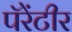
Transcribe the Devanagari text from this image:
पॅरेंटीर